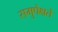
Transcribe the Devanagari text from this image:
समुपेक्षते